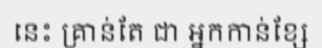
នេះ គ្រាន់តែ ជា អ្នកកាន់ខ្សែ